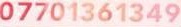
07701361349